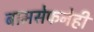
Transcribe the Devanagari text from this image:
बामसेफनेही